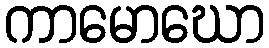
ကာမောဃော